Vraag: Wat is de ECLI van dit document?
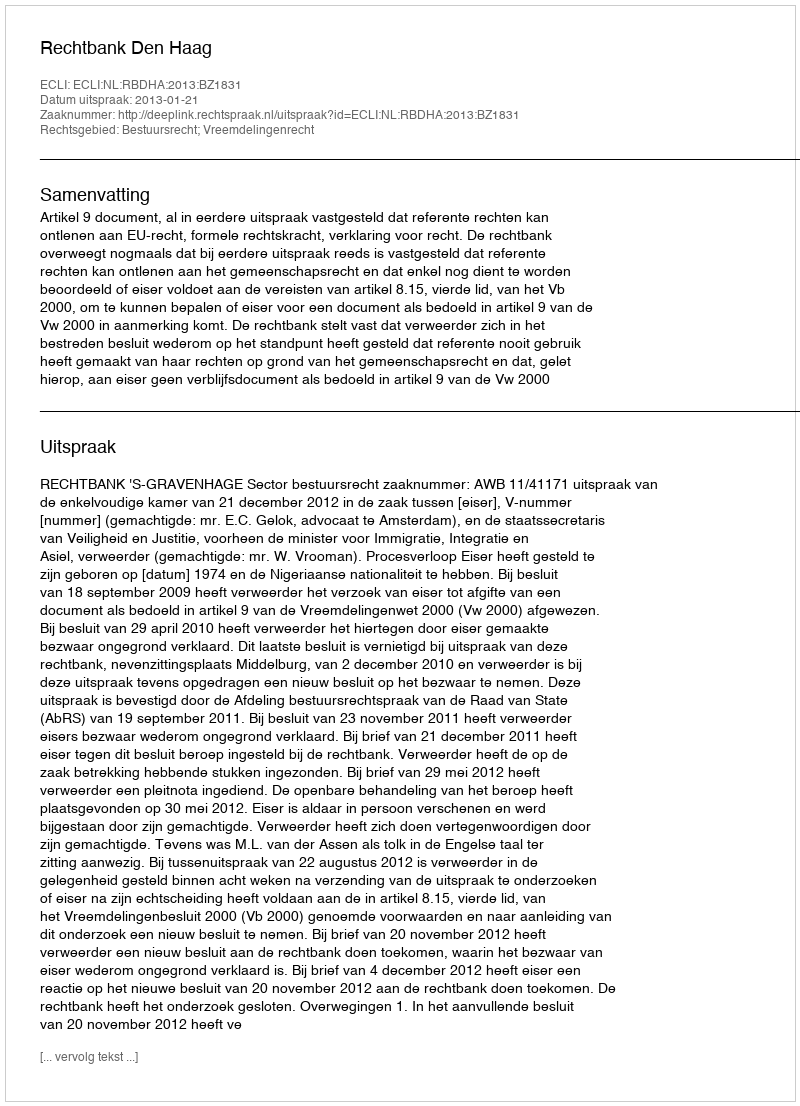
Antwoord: ECLI:NL:RBDHA:2013:BZ1831